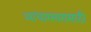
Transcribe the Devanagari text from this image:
आधारस्वरासाठी